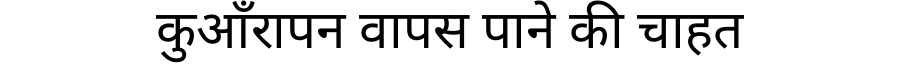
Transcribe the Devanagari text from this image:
कुआँरापन वापस पाने की चाहत